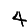
Digit: 4